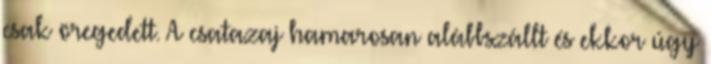
csak öregedett. A csatazaj hamarosan alábbszállt és ekkor úgy